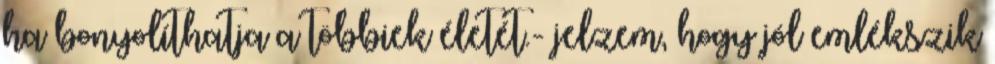
ha bonyolíthatja a többiek életét.- jelzem, hogy jól emlékszik